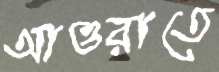
আওরাতে